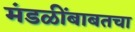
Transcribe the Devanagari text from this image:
मंडळींबाबतचा